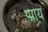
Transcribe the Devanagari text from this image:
प्प्राय